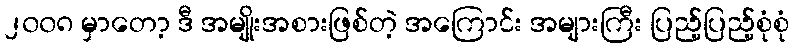
၂၀၀၈ မှာတော့ ဒီ အမျိုးအစားဖြစ်တဲ့ အကြောင်း အများကြီး ပြည့်ပြည့်စုံစုံ